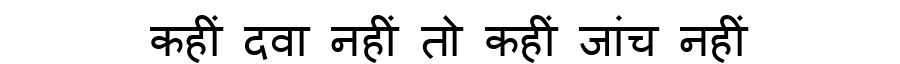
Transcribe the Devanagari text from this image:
कहीं दवा नहीं तो कहीं जांच नहीं